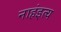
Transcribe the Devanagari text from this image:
नाहंइत्य